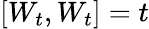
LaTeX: [W_{t},W_{t}]=t